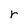
Character: r